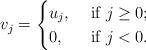
LaTeX: \begin{align*}v_j=\begin{cases}u_j,&\mbox{ if }j\ge0;\\0,&\mbox{ if }j<0.\end{cases}\end{align*}